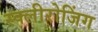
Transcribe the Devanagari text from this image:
स्क्लीरोजिंग